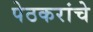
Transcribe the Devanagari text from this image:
पेठकरांचे